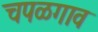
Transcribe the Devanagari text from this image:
चपळगाव